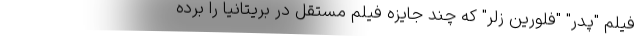
فیلم "پدر" "فلورین زلر" که چند جایزه فیلم مستقل در بریتانیا را برده